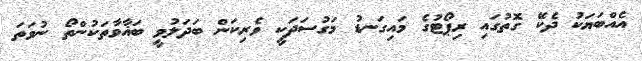
އެއްބަޔަކު ދެކޭ ގޮތުގައި ރިޕޯޓުގެ މައިގަނޑު މަގުސަދަކީ ވެރިކަން ބަދަލުވީ ބަޣާވާތަކުންތޯ ނުވަތަ